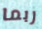
ربما